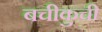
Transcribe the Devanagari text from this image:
बचीकुची